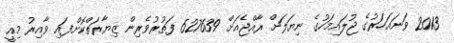
2013 ވަނައަހަރުގެ ޖުލައިމަހުގެ ނިޔަލަށް ރާއްޖެއަށް 627639 ފަތުރުވެރިން ޒިޔާރަތްކޮށްފައި ވާއިރު މިއީ